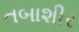
તબાશીર